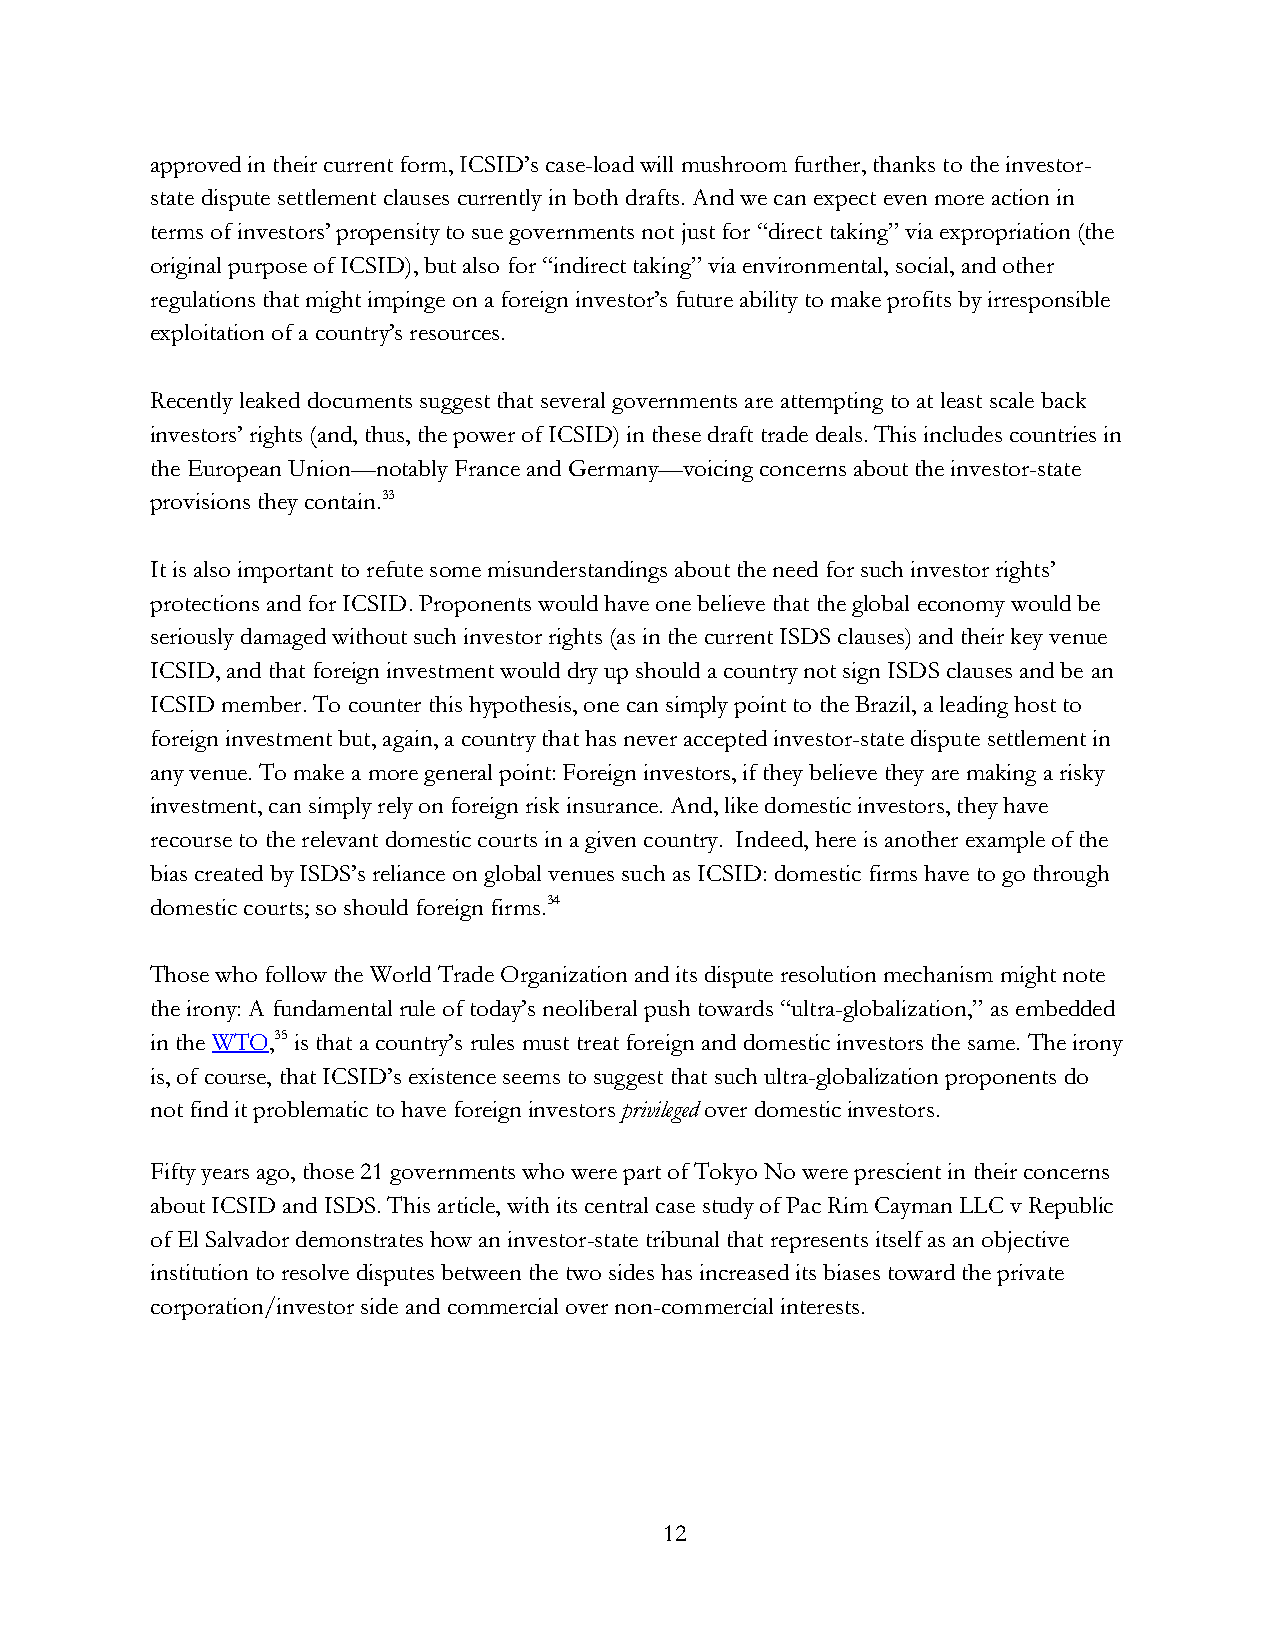
approved in their current form, ICSID’s case-load will mushroom further, thanks to the investor-
 state dispute settlement clauses currently in both drafts. And we can expect even more action in
 terms of investors’ propensity to sue governments not just for “direct taking” via expropriation (the
 original purpose of ICSID), but also for “indirect taking” via environmental, social, and other
 regulations that might impinge on a foreign investor’s future ability to make profits by irresponsible
 exploitation of a country’s resources.
 Recently leaked documents suggest that several governments are attempting to at least scale back
 investors’ rights (and, thus, the power of ICSID) in these draft trade deals. This includes countries in
 the European Union—notably France and Germany—voicing concerns about the investor-state
 provisions they contain.33
 It is also important to refute some misunderstandings about the need for such investor rights’
 protections and for ICSID. Proponents would have one believe that the global economy would be
 seriously damaged without such investor rights (as in the current ISDS clauses) and their key venue
 ICSID, and that foreign investment would dry up should a country not sign ISDS clauses and be an
 ICSID member. To counter this hypothesis, one can simply point to the Brazil, a leading host to
 foreign investment but, again, a country that has never accepted investor-state dispute settlement in
 any venue. To make a more general point: Foreign investors, if they believe they are making a risky
 investment, can simply rely on foreign risk insurance. And, like domestic investors, they have
 recourse to the relevant domestic courts in a given country. Indeed, here is another example of the
 bias created by ISDS’s reliance on global venues such as ICSID: domestic firms have to go through
 domestic courts; so should foreign firms.34
 Those who follow the World Trade Organization and its dispute resolution mechanism might note
 the irony: A fundamental rule of today’s neoliberal push towards “ultra-globalization,” as embedded
 in the WTO,35 is that a country’s rules must treat foreign and domestic investors the same. The irony
 is, of course, that ICSID’s existence seems to suggest that such ultra-globalization proponents do
 not find it problematic to have foreign investors privileged over domestic investors.
 Fifty years ago, those 21 governments who were part of Tokyo No were prescient in their concerns
 about ICSID and ISDS. This article, with its central case study of Pac Rim Cayman LLC v Republic
 of El Salvador demonstrates how an investor-state tribunal that represents itself as an objective
 institution to resolve disputes between the two sides has increased its biases toward the private
 corporation/investor side and commercial over non-commercial interests.
 12